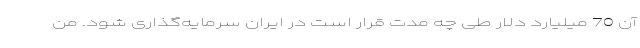
آن 70 میلیارد دلار طی چه مدت قرار است در ایران سرمایه‌گذاری شود. من